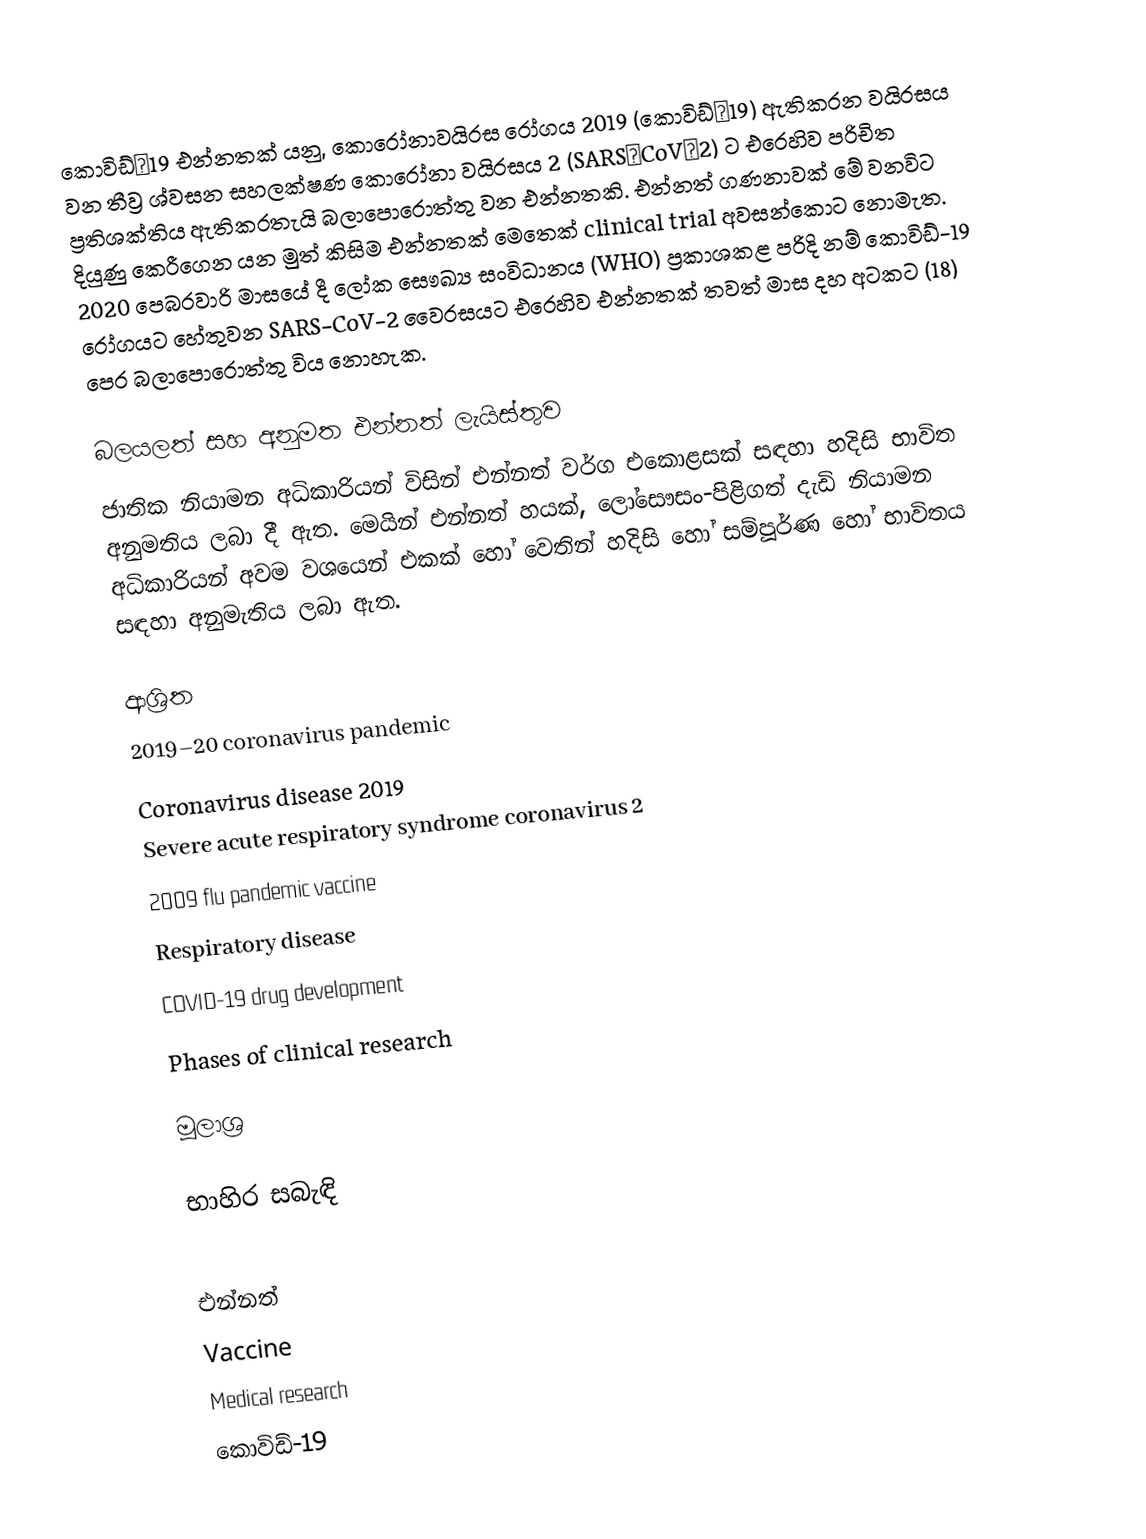
කොවිඩ්‑19 එන්නතක් යනු, කොරෝනාවයිරස රෝගය 2019 (කොවිඩ්‑19) ඇතිකරන වයිරසය වන තීව්‍ර ශ්වසන සහලක්ෂණ කොරෝනා වයිරසය 2 (SARS‑CoV‑2) ට එරෙහිව පරිචිත ප්‍රතිශක්තිය ඇතිකරතැයි බලාපොරොත්තු වන එන්නතකි.  එන්නත් ගණනාවක් මේ වනවිට දියුණු කෙරීගෙන යන මුත් කිසිම එන්නතක් මෙතෙක් clinical trial අවසන්කොට නොමැත. 2020 පෙබරවාරි මාසයේ දී ලෝක සෞඛ්‍ය සංවිධානය (WHO) ප්‍රකාශකළ පරිදි නම් කොවිඩ්-19 රෝගයට හේතුවන SARS-CoV-2 වෛරසයට එරෙහිව එන්නතක් තවත් මාස දහ අටකට (18) පෙර බලාපොරොත්තු විය නොහැක.

බලයලත් සහ අනුමත එන්නත් ලැයිස්තුව
ජාතික නියාමන අධිකාරියන් විසින් එන්නත් වර්ග එකොළසක් සඳහා හදිසි භාවිත අනුමතිය ලබා දී ඇත. මෙයින් එන්නත් හයක්, ලෝසෞසං-පිළිගත්  දැඩි නියාමන අධිකාරියන් අවම වශයෙන් එකක් හෝ වෙතින් හදිසි හෝ සම්පූර්ණ හෝ භාවිතය සඳහා අනුමැතිය ලබා ඇත.

ආශ්‍රිත
 2019–20 coronavirus pandemic
 Coronavirus disease 2019
 Severe acute respiratory syndrome coronavirus 2
 2009 flu pandemic vaccine
 Respiratory disease
 COVID-19 drug development
 Phases of clinical research

මූලාශ්‍ර

භාහිර සබැඳි

එන්නත්
Vaccine
Medical research
කොවිඩ්-19